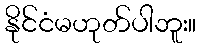
နိုင်ငံမဟုတ်ပါဘူး။